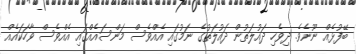
ބޭފުޅެއް ނޫނެވެ. ދިވެހި ދައުލަތުން ދައުލަތުގެ ނަމުގައި އެއްވެސް މަންސައެއްގައި އެއްވެސް ވާހަކައެއް